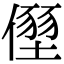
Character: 𠏂